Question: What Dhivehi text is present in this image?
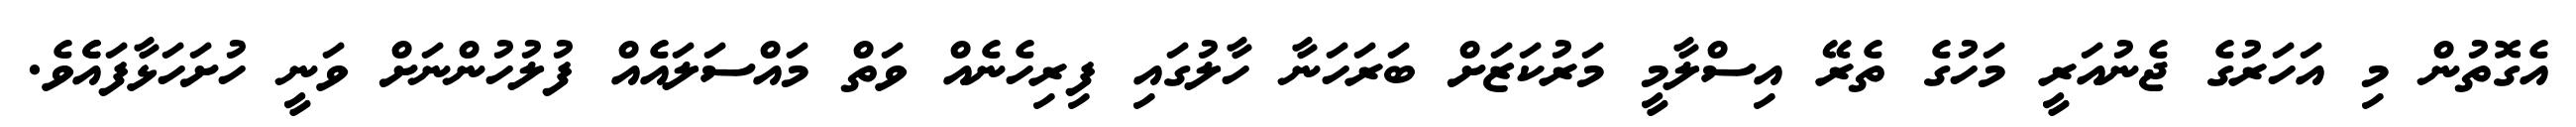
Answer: އެގޮތުން މި އަހަރުގެ ޖެނުއަރީ މަހުގެ ތެރޭ އިސްލާމީ މަރުކަޒަށް ބަރަހަނާ ހާލުގައި ފިރިހެނެއް ވަތް މައްސަލައެއް ފުލުހުންނަށް ވަނީ ހުށަހަޅާފައެެވެ.